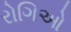
રોગિઓ